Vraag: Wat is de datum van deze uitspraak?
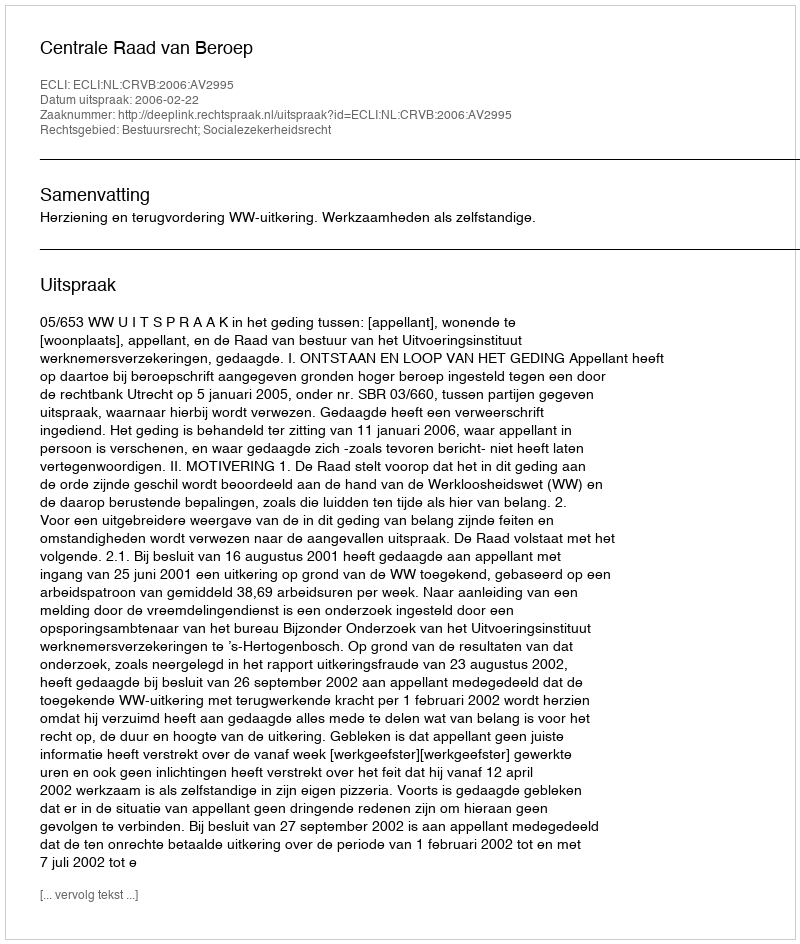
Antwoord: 2006-02-22